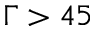
\Gamma > 4 5